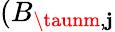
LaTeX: (B_{\taunm,\mathbf{j}}